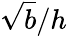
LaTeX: {\sqrt{b}/h}